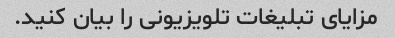
مزایای تبلیغات تلویزیونی را بیان کنید.